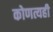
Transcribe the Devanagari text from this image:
कोणत्यही